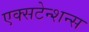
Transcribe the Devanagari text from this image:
एक्सटेन्शन्स